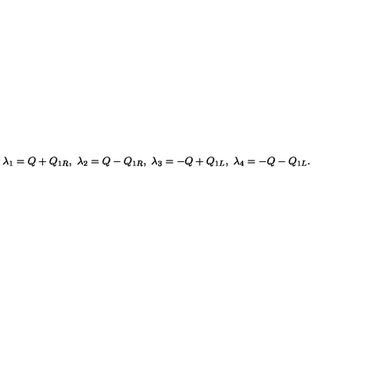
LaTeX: \lambda _ { 1 } = Q + Q _ { 1 R } , \ \lambda _ { 2 } = Q - Q _ { 1 R } , \ \lambda _ { 3 } = - Q + Q _ { 1 L } , \ \lambda _ { 4 } = - Q - Q _ { 1 L } .